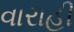
વારાહી